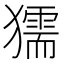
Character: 獳